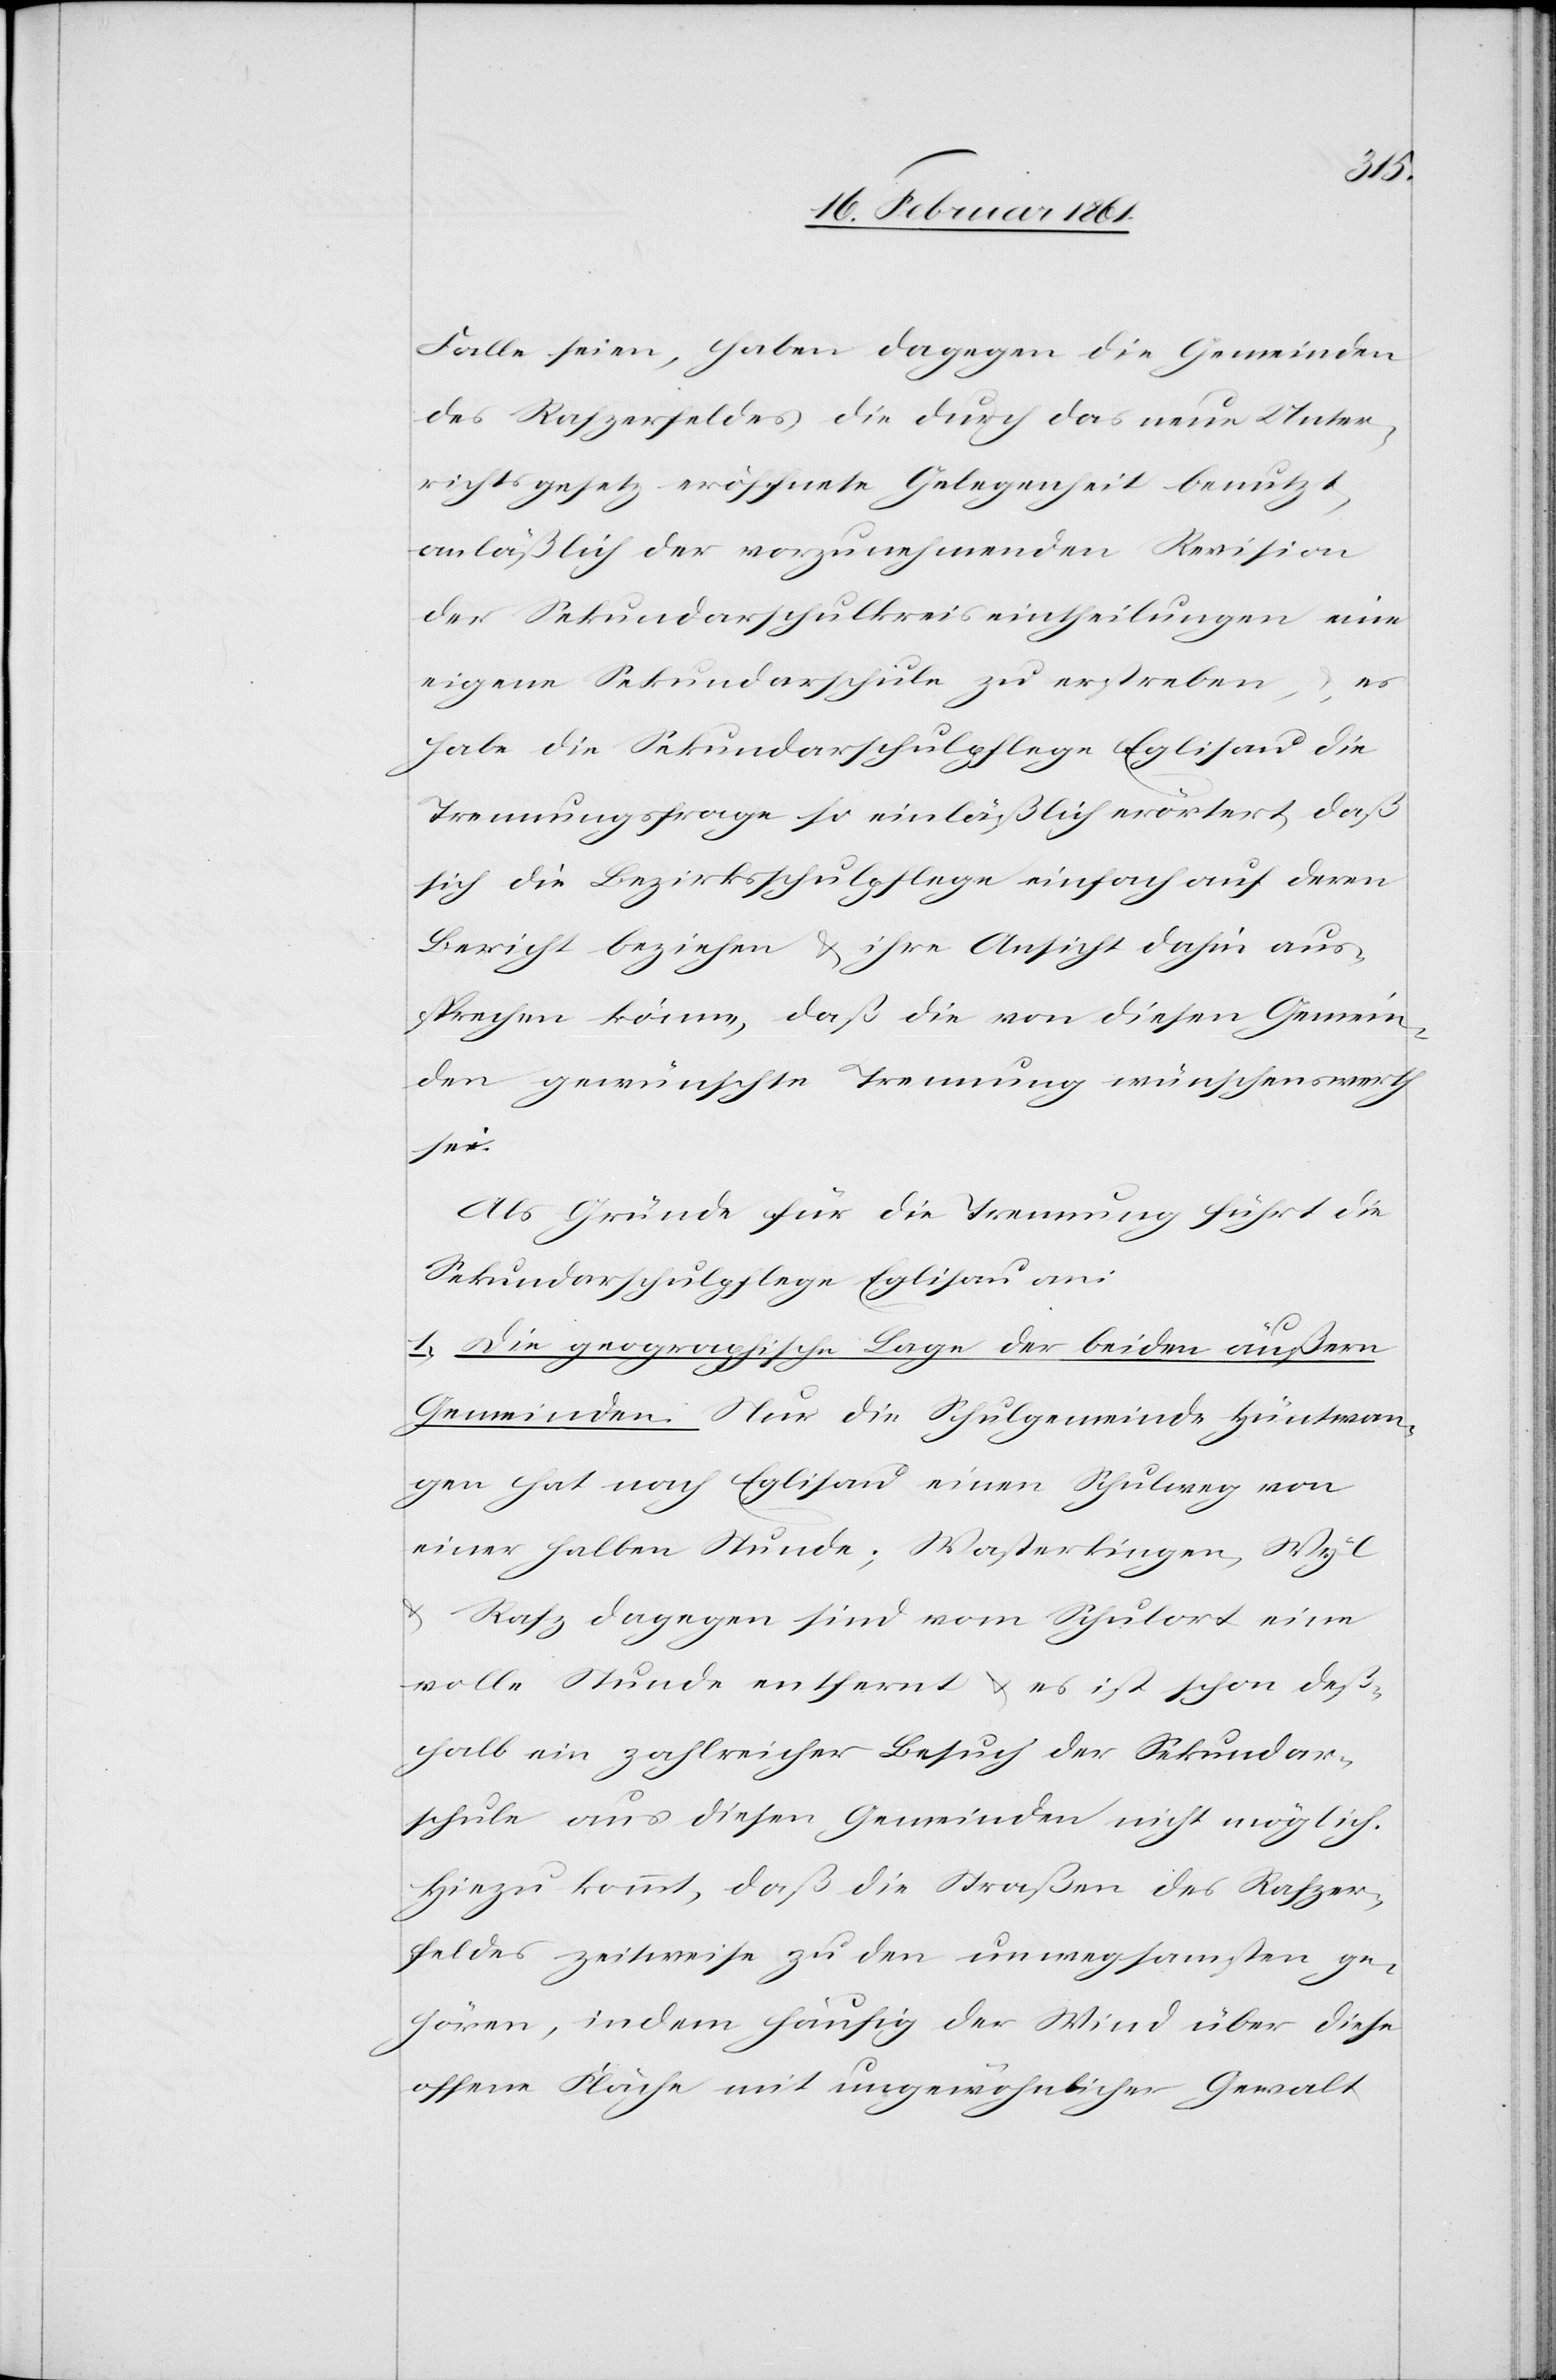
Falle seien, haben dagegen die Gemeinden
des Rafzerfeldes die durch das neue Unter¬
richtsgesetz eröffnete Gelegenheit benutzt,
anläßlich der vorzunehmenden Revision
der Sekundarschulkreiseintheilungen eine
eigene Sekundarschule zu erstreben, u. es
habe die Sekundarschulpflege Eglisau die
Trennungsfrage so einläßlich erörtert, daß
sich die Bezirksschulpflege einfach auf deren
Bericht beziehen u. ihre Ansicht dahin aus¬
sprechen könne, daß die von diesen Gemein¬
den gewünschte Trennung wünschenswerth
sei.
Als Gründe für die Trennung führt die
Sekundarschulpflege Eglisau an:
1) Die geographische Lage der beiden äußern
Gemeinden. Nur die Schulgemeinde Hüntwan¬
gen hat nach Eglisau einen Schulweg von
einer halben Stunde, Wasterkingen, Wyl
u. Rafz dagegen sind vom Schulort eine
volle Stunde entfernt u. es ist schon deß¬
halb ein zahlreicher Besuch der Sekundar¬
schule aus diesen Gemeinden nicht möglich.
Hiezu kommt, daß die Straßen des Rafzer¬
feldes zeitweise zu den unwegsamsten ge¬
hören, indem häufig der Wind über diese
offene Fläche mit ungewöhnlicher Gewalt